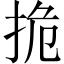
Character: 㧪